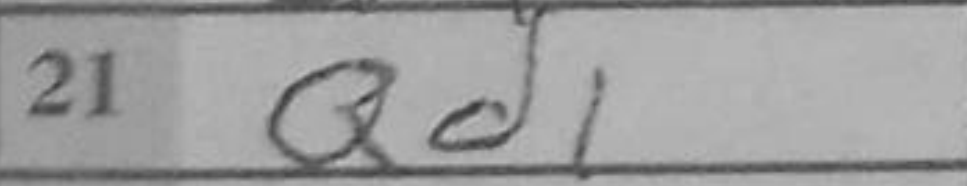
Transcription: Qd1